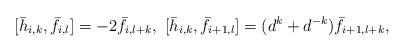
LaTeX: \begin{align*} [\bar{h}_{i,k}, \bar{f}_{i,l}]=-2\bar{f}_{i,l+k},\ [\bar{h}_{i,k}, \bar{f}_{i+1,l}]=(d^k+d^{-k})\bar{f}_{i+1,l+k},\end{align*}